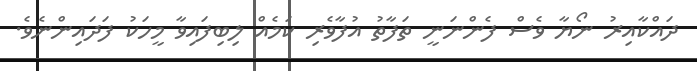
ދައްކާއިރު ނޯޔާ ވެސް ފެންނަނީ ތަފާތު އުފާވެރި ކަމެއް ލިބިފައިވާ މީހަކު ފަދައިންނެވެ.